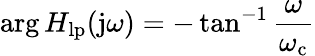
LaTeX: \arg H_{\mathrm{lp}}(\mathrm{j}\omega)=-\tan^{-1}{\frac{\omega}{\omega_{\mathrm{c}}}}